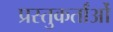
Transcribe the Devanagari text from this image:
प्रस्तुकर्तांओं